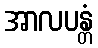
အာလပန္တံ